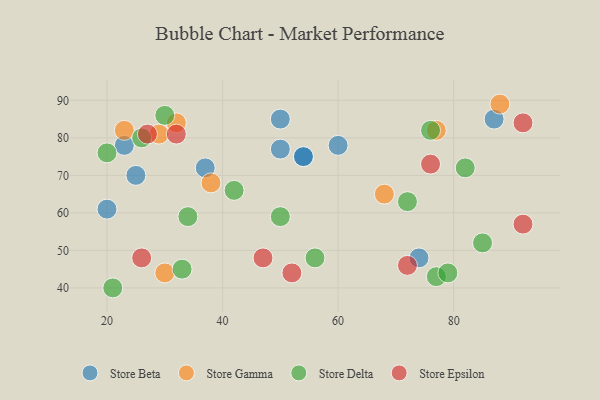
{"axis": {"x": "GDP", "y": "Life Expectancy"}, "legend": ["Store Beta", "Store Delta", "Store Epsilon", "Store Gamma"], "data": [{"x": "60", "y": 78, "type": "Store Beta"}, {"x": "25", "y": 70, "type": "Store Beta"}, {"x": "50", "y": 77, "type": "Store Beta"}, {"x": "37", "y": 72, "type": "Store Beta"}, {"x": "74", "y": 48, "type": "Store Beta"}, {"x": "50", "y": 85, "type": "Store Beta"}, {"x": "54", "y": 75, "type": "Store Beta"}, {"x": "87", "y": 85, "type": "Store Beta"}, {"x": "23", "y": 78, "type": "Store Beta"}, {"x": "20", "y": 61, "type": "Store Beta"}, {"x": "54", "y": 75, "type": "Store Beta"}, {"x": "38", "y": 68, "type": "Store Gamma"}, {"x": "88", "y": 89, "type": "Store Gamma"}, {"x": "29", "y": 81, "type": "Store Gamma"}, {"x": "68", "y": 65, "type": "Store Gamma"}, {"x": "32", "y": 84, "type": "Store Gamma"}, {"x": "77", "y": 82, "type": "Store Gamma"}, {"x": "23", "y": 82, "type": "Store Gamma"}, {"x": "30", "y": 44, "type": "Store Gamma"}, {"x": "77", "y": 43, "type": "Store Delta"}, {"x": "72", "y": 63, "type": "Store Delta"}, {"x": "26", "y": 80, "type": "Store Delta"}, {"x": "76", "y": 82, "type": "Store Delta"}, {"x": "85", "y": 52, "type": "Store Delta"}, {"x": "79", "y": 44, "type": "Store Delta"}, {"x": "50", "y": 59, "type": "Store Delta"}, {"x": "21", "y": 40, "type": "Store Delta"}, {"x": "20", "y": 76, "type": "Store Delta"}, {"x": "56", "y": 48, "type": "Store Delta"}, {"x": "30", "y": 86, "type": "Store Delta"}, {"x": "82", "y": 72, "type": "Store Delta"}, {"x": "34", "y": 59, "type": "Store Delta"}, {"x": "33", "y": 45, "type": "Store Delta"}, {"x": "42", "y": 66, "type": "Store Delta"}, {"x": "72", "y": 46, "type": "Store Epsilon"}, {"x": "32", "y": 81, "type": "Store Epsilon"}, {"x": "92", "y": 57, "type": "Store Epsilon"}, {"x": "47", "y": 48, "type": "Store Epsilon"}, {"x": "26", "y": 48, "type": "Store Epsilon"}, {"x": "27", "y": 81, "type": "Store Epsilon"}, {"x": "52", "y": 44, "type": "Store Epsilon"}, {"x": "92", "y": 84, "type": "Store Epsilon"}, {"x": "76", "y": 73, "type": "Store Epsilon"}]}